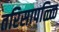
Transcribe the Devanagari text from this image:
तरिसापळ्ळि